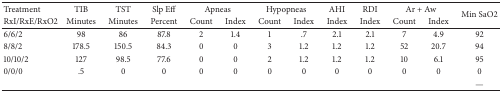
<table><thead><tr><td><b>Treatment</b></td><td><b>TIB</b></td><td><b>TST</b></td><td><b>Slp Eff</b></td><td colspan="2"><b>Apneas</b></td><td colspan="2"><b>Hypopneas</b></td><td><b>AHI</b></td><td><b>RDI</b></td><td colspan="2"><b>Ar + Aw</b></td><td rowspan="2"><b>Min SaO2</b></td></tr><tr><td><b>RxI/RxE/RxO2</b></td><td><b>Minutes</b></td><td><b>Minutes</b></td><td><b>Percent</b></td><td><b>Count</b></td><td><b>Index</b></td><td><b>Count</b></td><td><b>Index</b></td><td><b>Index</b></td><td><b>Index</b></td><td><b>Count</b></td><td><b>Index</b></td></tr></thead><tbody><tr><td>6/6/2</td><td>98</td><td>86</td><td>87.8</td><td>2</td><td>1.4</td><td>1</td><td>.7</td><td>2.1</td><td>2.1</td><td>7</td><td>4.9</td><td>92</td></tr><tr><td>8/8/2</td><td>178.5</td><td>150.5</td><td>84.3</td><td>0</td><td>0</td><td>3</td><td>1.2</td><td>1.2</td><td>1.2</td><td>52</td><td>20.7</td><td>94</td></tr><tr><td>10/10/2</td><td>127</td><td>98.5</td><td>77.6</td><td>0</td><td>0</td><td>2</td><td>1.2</td><td>1.2</td><td>1.2</td><td>10</td><td>6.1</td><td>95</td></tr><tr><td>0/0/0</td><td>.5</td><td>0</td><td>0</td><td>0</td><td>0</td><td>0</td><td>0</td><td>0</td><td>0</td><td>0</td><td>0</td><td>0</td></tr><tr><td> </td><td> </td><td> </td><td> </td><td> </td><td> </td><td> </td><td> </td><td> </td><td> </td><td> </td><td> </td><td>—</td></tr></tbody></table>